Civil Veterinary Dept. North-West Frontier Province 1901-22 - 1901-1922
Year: 1901
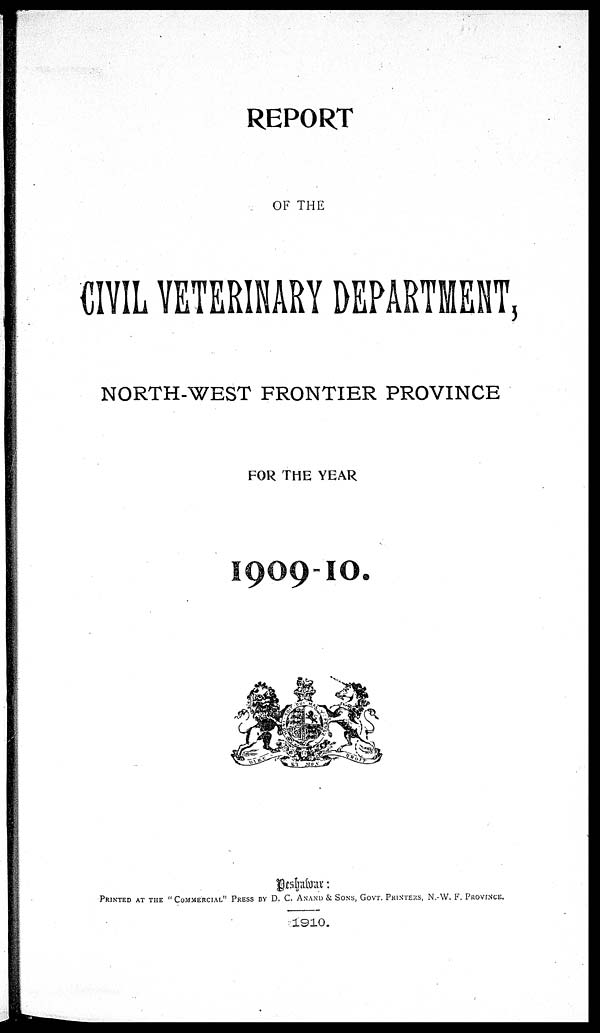
REPORT
OF THE
CIVIL VETERINARY DEPARTMENT,
NORTH-WEST FRONTIER PROVINCE
FOR THE YEAR
1909-10.
Peshawar :
PRINTED AT THE "COMMERCIAL" PRESS BY D. C. ANAND & SONS, GOVT. PRINTERS, N.-W. F. PROVINCE.
1910.